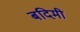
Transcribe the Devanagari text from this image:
बदिमी